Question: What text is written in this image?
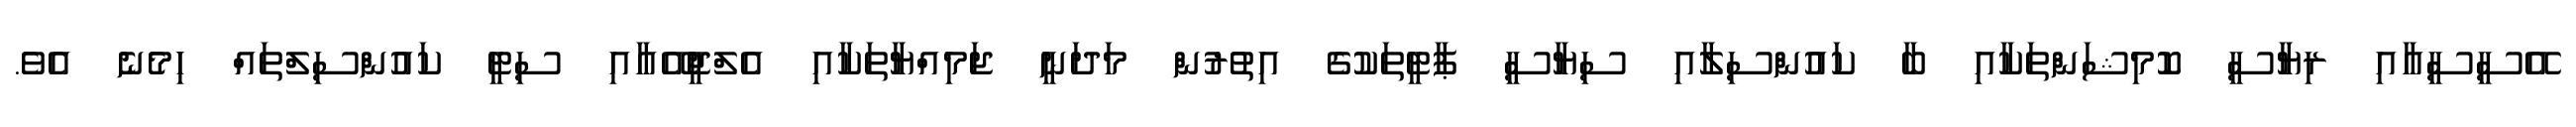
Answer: އޭސީސީއާއި ރިޔާސީ ކޮމިޝަންތަކާއި ބާ ކައުންސިލާއި ސިޔާސީ ޕާޓީތަކުގެ އިތުރުން މަދަނީ ޖަމިއްޔާތަކާއި އެލްޖީއޭއާއި ސިޓީ ކައުންސިލްތައް ހިމެނެ އެވެ.